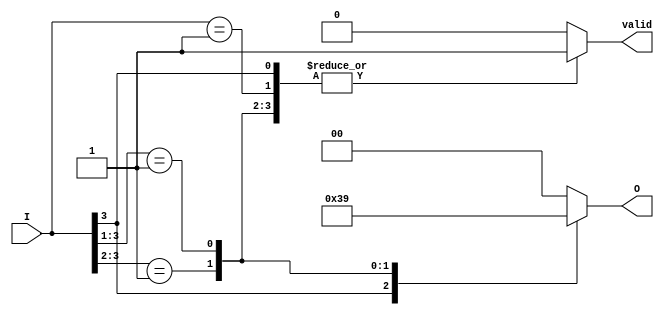
module priority_encoder #(parameter N = 4, // Number of input lines
                          parameter M = 2) // Number of output bits
(
    input  [N-1:0] I,  // Input lines
    output reg [M-1:0] O, // Output lines
    output reg valid // Valid signal
);

    always @(*) begin
        // Default output and valid signal
        O = {M{1'b0}}; // Set output to 0
        valid = 1'b0; // Set valid to 0
        
        // Check for the highest priority active input
        casez (I)
            N'b1???: begin O = N-1; valid = 1'b1; end // I[N-1]
            N'b01??: begin O = N-2; valid = 1'b1; end // I[N-2]
            N'b001?: begin O = N-3; valid = 1'b1; end // I[N-3]
            N'b0001: begin O = N-4; valid = 1'b1; end // I[N-4]
            default: begin O = {M{1'b0}}; valid = 1'b0; end // No active input
        endcase
    end

endmodule